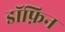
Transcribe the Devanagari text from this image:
डॉफ़िन